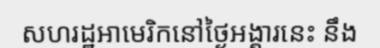
សហរដ្ឋអាមេរិកនៅថ្ងៃអង្គារនេះ នឹង